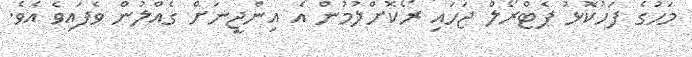
މަހުގެ ފަހުކޮޅު ޕެޓްރޯލް ޖަހައި ރޯކޮށްލުމުން އެ އިންޖީނަށް ގެއްލުން ވެފައިވެ އެވެ.